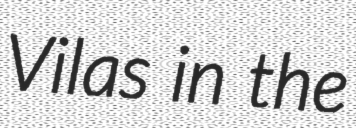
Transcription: Vilas in the